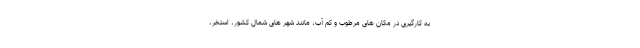
به کارگیری در مکان های مرطوب و کم آب، مانند شهر های شمال کشور، استخر،